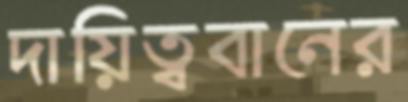
দায়িত্ববানের